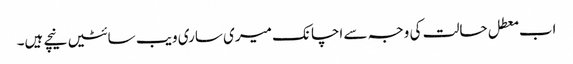
اب معطل حالت کی وجہ سے اچانک میری ساری ویب سائٹیں نیچے ہیں۔